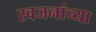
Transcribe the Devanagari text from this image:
स्वजनांच्या